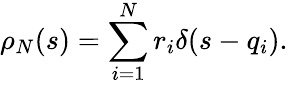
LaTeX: \rho_{N}(s)=\sum_{i=1}^{N}r_{i}\delta(s-q_{i}).